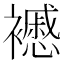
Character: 𧞰